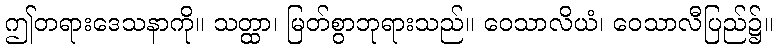
ဤတရားဒေသနာကို။ သတ္ထာ၊ မြတ်စွာဘုရားသည်။ ဝေသာလိယံ၊ ဝေသာလီပြည်၌။